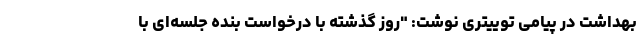
بهداشت در پیامی توییتری نوشت: "روز گذشته با درخواست بنده جلسه‌ای با